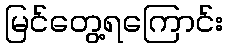
မြင်တွေ့ရကြောင်း